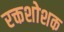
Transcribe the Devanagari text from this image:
रक्तशोशक